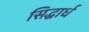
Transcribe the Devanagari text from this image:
सिद्धार्ध